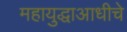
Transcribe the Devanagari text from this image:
महायुद्धाआधीचे